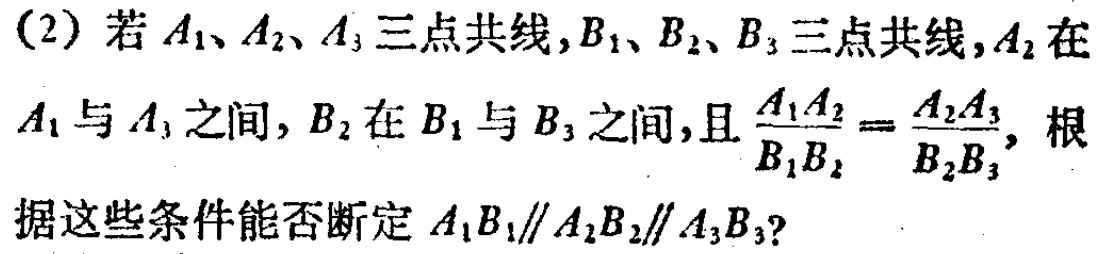
(2) 若 \(A_1、A_2、A_3\) 三点共线，\(B_1、B_2、B_3\) 三点共线，\(A_2\) 在 \(A_1\) 与 \(A_3\) 之间，\(B_2\) 在 \(B_1\) 与 \(B_3\) 之间，且 \(\frac{A_1A_2}{B_1B_2}=\frac{A_2A_3}{B_2B_3}\)，根据这些条件能否断定 \(A_1B_1\parallel A_2B_2\parallel A_3B_3\)？